Report of the Hyderabad Chloroform Commission
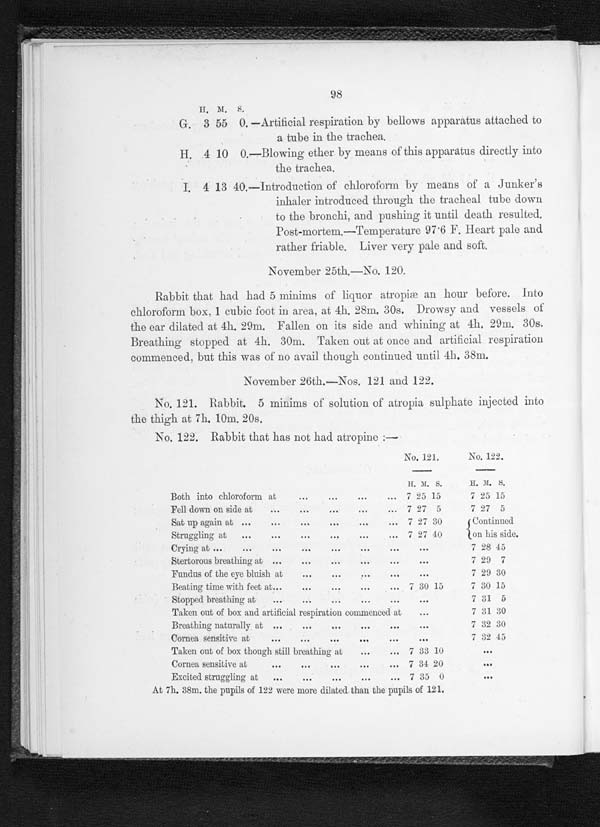
98
H . M . S .
G. 3 55 0. —Artificial respiration by bellows apparatus attached to
a tube in the trachea.
H. 4 10 0.—Blowing ether by means of this apparatus directly into
the trachea.
I. 4 13 40.—introduction of chloroform by means of a Junker's
inhaler introduced through the tracheal tube down
to the bronchi, and pushing it until death resulted.
Post-mortem.—Temperature 97·6 F.H e a r t p a l e a n d
rather friable. Liver very pale and soft.
November 25th.—No. 120.
Rabbit that had had 5 minims of liquor atropine an hour before. Into
chloroform box. 1 cubic foot in area, at 4h. 28m. 30s. Drowsy and vessels of
the ear dilated at 4h. 29m. Fallen on its side and whining at 4h. 29m. 30s.
Breathing stopped at 4h. 30m. Taken out at once and artificial respiration
commenced, but this was of no avail though continued until 4h. 38m.
November 26th.—Nos. 121 and 122.
No. 121. Rabbit. 5 minims of solution of atropia sulphate injected into
the thigh at 7h. 10m. 20s.
No. 122. Rabbit that has not had atropine :—
No. 121.
No. 122.
H. M. S
H . M . S .
Both into chloroform at
7 25 15
7 25 15
Fell down on side at
7 27 5
7 27 5
Sat up again at
7 27 30
Continued
on his side.
Strugglingling at
7 27 40
Crying at
7 28 45
Stertorous breathing at
7 29 7
Funds of the eye bluish at
7 29 30
Beating time with feet at 7 30 15
7 30 15
Stopped breathing at
7 31 5
Taken out of box and artificial respiration commenced at
7 31 30
Breathing naturally at
7 32 30
Cornea sensitive at
7 32 45
Taken out of box though still breathing at 7 33 10
Cornea sensitive at
7 34 20
Excited struggling at
7 35 0
At 7h. 38m. the pupils of 122 were more dilated than the pupils of 121.